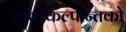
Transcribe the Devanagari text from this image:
यावत्कल्पान्तको